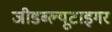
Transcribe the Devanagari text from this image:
जीडब्ल्यूटाइगर